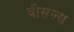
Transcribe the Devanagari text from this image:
वीसल्स